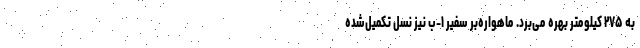
به ۲۷۵ کیلومتر بهره می‌برد. ماهواره‌بر سفیر ۱-ب نیز نسل تکمیل‌شده